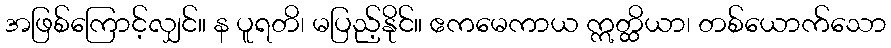
အဖြစ်ကြောင့်လျှင်။ န ပူရတိ၊ မပြည့်နိုင်။ ဧကမေကာယ ဣတ္ထိယာ၊ တစ်ယောက်သော